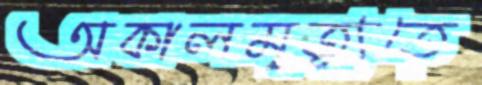
অকালমৃত্যুতে